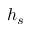
h _ { s }